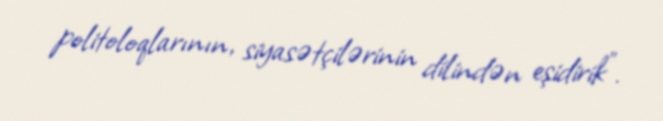
politoloqlarının, siyasətçilərinin dilindən eşidirik”.